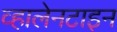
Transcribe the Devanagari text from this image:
व्हालेनटाइन